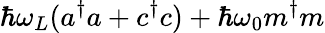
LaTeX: \hbar\omega_{L}(a^{\dagger}a+c^{\dagger}c)+\hbar\omega_{0}m^{\dagger}m